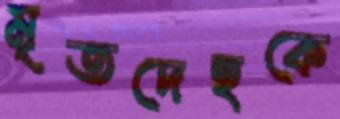
মৃতদেহকে